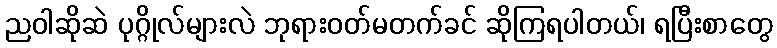
ညဝါဆိုဆဲ ပုဂ္ဂိုလ်များလဲ ဘုရားဝတ်မတက်ခင် ဆိုကြရပါတယ်၊ ရပြီးစာတွေ